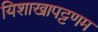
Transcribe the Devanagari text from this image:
यिशाखापट्टणम